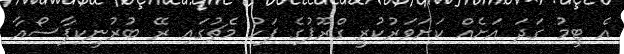
އެ ޓީމު ގަދަ އަށެއް ކަށަވަރުކުރީ ގްރޫޕުގެ ފަހު މެޗުގައި ރޭ ބުރުނީކިފާސޯއާ